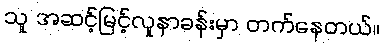
သူ အဆင့်မြင့်လူနာခန်းမှာ တက်နေတယ်။